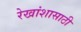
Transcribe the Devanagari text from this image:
रेखांशासाठी